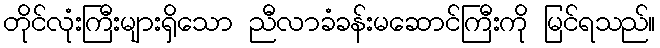
တိုင်လုံးကြီးများရှိသော ညီလာခံခန်းမဆောင်ကြီးကို မြင်ရသည်။